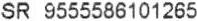
SR 9555586101265